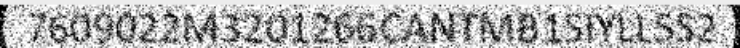
7609022M3201266CANTMB1SIYLL5S2